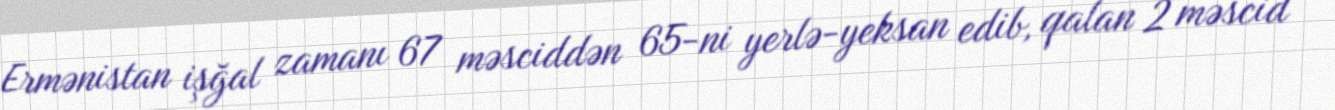
Ermənistan işğal zamanı 67 məsciddən 65-ni yerlə-yeksan edib, qalan 2 məscid